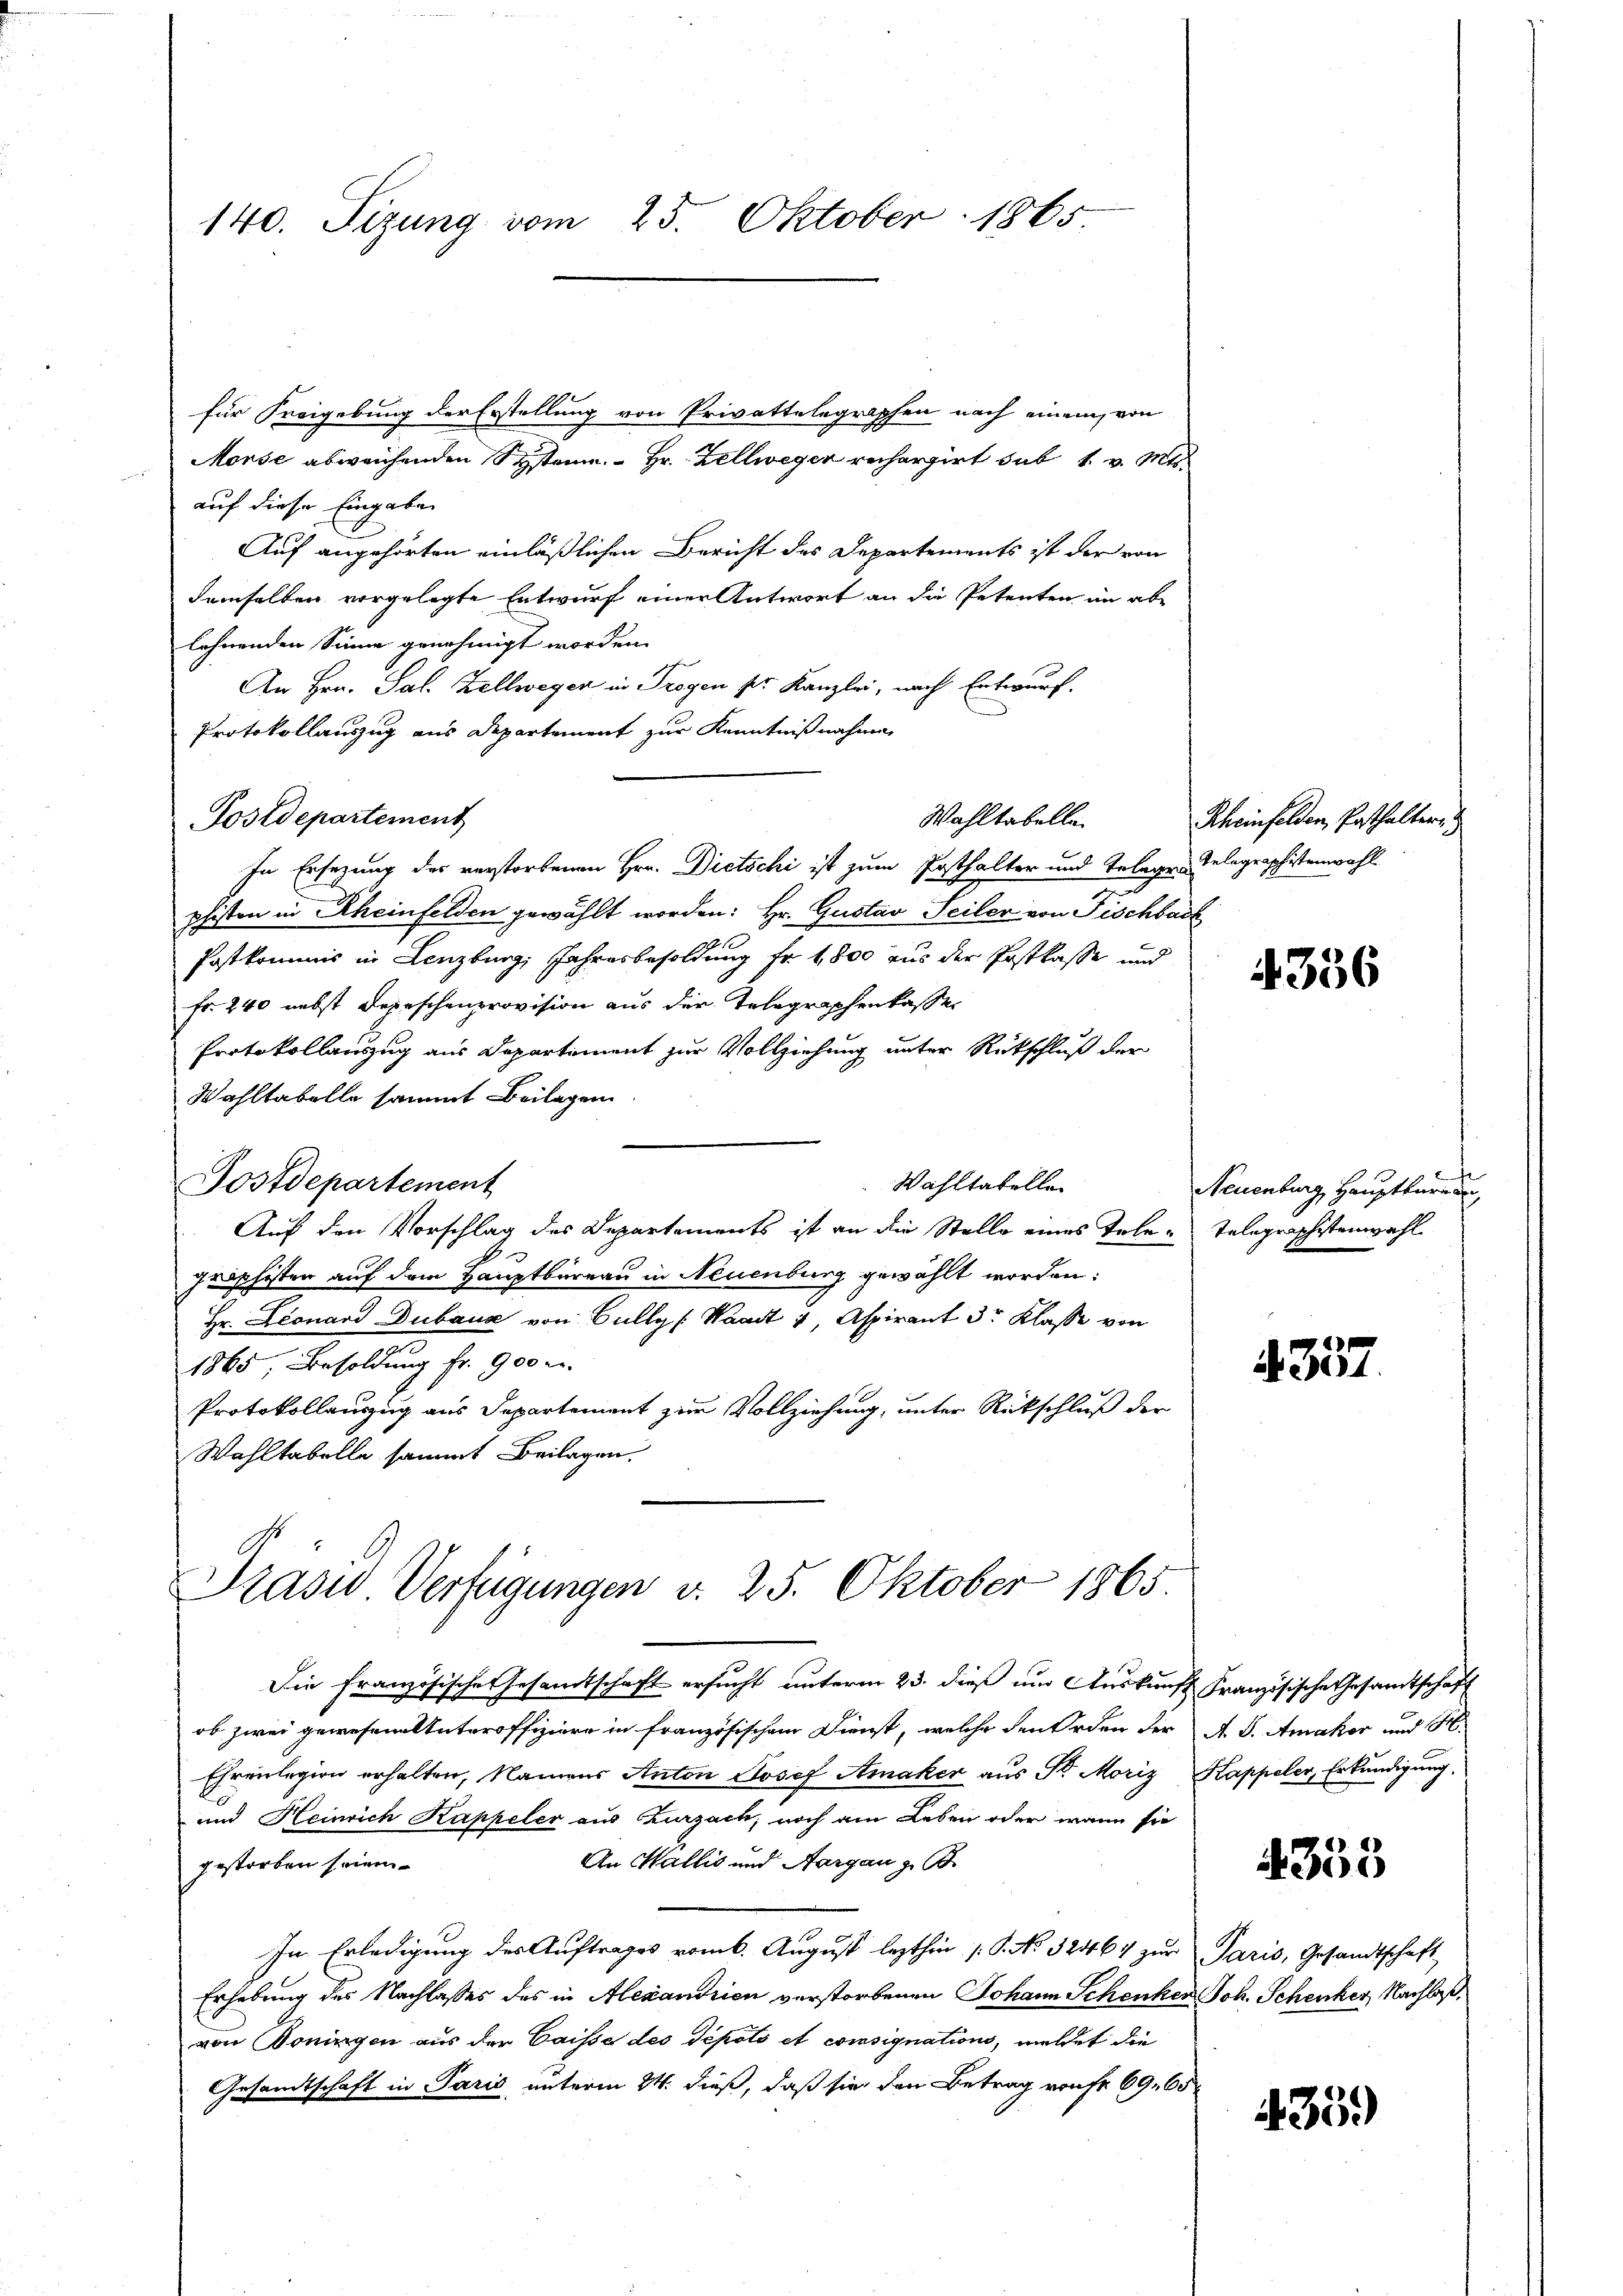
140. Sizung vom 25. Oktober 1865

für Freigebung der Erstellung von Privattelegraphen nach einem von
Monse abweichenden System. Hr. Zellwegen rechargirt sub 1. v. Mts.
auf diese Eingaben
Auf angehörten einläßlichen Bericht des Departements ist der von
demselben vorgelegte Entwurf einer Antwort an die Petenten im abe
lehnenden Sinne genehmigt worden.
An Hrn. Sal. Zellwegen in Trogen pr. Kanzlei, nach Entwurf.
Protokollauszug aus Departement zur Kenntnißnahme
Postdepartement
Wahltabelle
In Ersezung der verstorbenen Hrn. Dietschi ist zum Posthalter und Telegen Relegraphistenwohl
phiston in Rheinfelden gewählt worden: Hr. Gustav Seiler von Fischbark
Postkommis in Lenzburg, Jahresbesoldung fr. 1800 aus der Postkasse und
fr. 240 nebst Depeschenprovision aus der Telegraphenkassen
Protokollauszug aus Departement zur Vollziehung unter Rückschluß der
Wahltabelle sammt Beilagen
Wahltatelle
Postdepartement
Auf den Vorschlag des Departements ist an die Stelle eines Tele-Telegraphstenwahl
Iraphisten auf dem Hauptbureau in Neuenburg gewählt worden:
Hr. Leonard Dubaus von Bully (Waadt 4, Aspirant 3r Klasse von
1865, Besoldung fr. 900 m.
Protokollauszug aus Departement zur Vollziehung, unter Rückschluß der
Wahltabelle sammt Beilagen.

Srasus Verfügungen d. 25. Oktober 1865.

Scheinfelden, Posthaltern

Die französische Gesandtschaft ersucht unterm 23. dieß um Auskunft Französische Gesamtschaft
ob zwei gewesene Unteroffiziere in französischen Dienst, welche den Orden der A. S. Amakor und St
Ehrenlegion erhalten, Namens Anton Josef Amaker aus St. Moriz Kappeler, Erkundigung.
und Heinrich Kappeler aus Zurzach, noch am Leben oder wann sie
An Wallis und Aargau z
gestorben seien.
In Erledigung des Auftrages vom 6. August lezthin (S. No 32464 zur Paris, Gesandtschaft
Erhebung des Nachlasses des in Alexandrien verstorbenen Johann Schenker Joh. Schenker, Nachlaß
von Boningen aus der Caisse des Depots et consignations, meldet die
Gesandtschaft in Paris unterm 24. dieß, daß sie den Betrag von fr 69. 65

4356

Neuenburg, Haupttüre un

4357

353

435.)